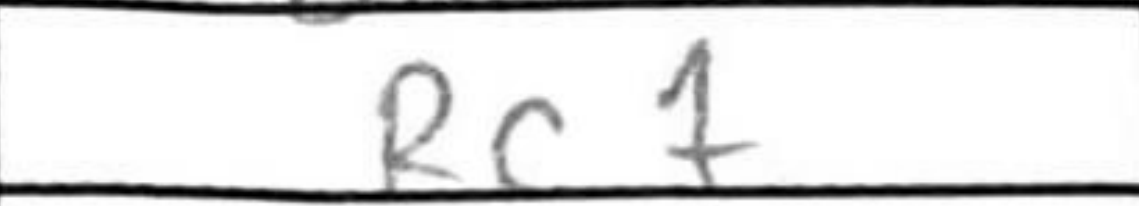
Transcription: Rc7